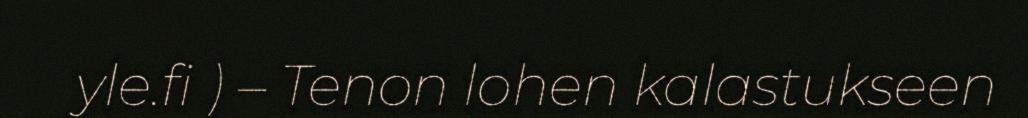
yle.fi ) – Tenon lohen kalastukseen